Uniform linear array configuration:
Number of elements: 24
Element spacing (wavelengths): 0.5
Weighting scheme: cosine
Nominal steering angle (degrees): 15
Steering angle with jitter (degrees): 15.578
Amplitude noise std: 0.05
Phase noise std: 0.05

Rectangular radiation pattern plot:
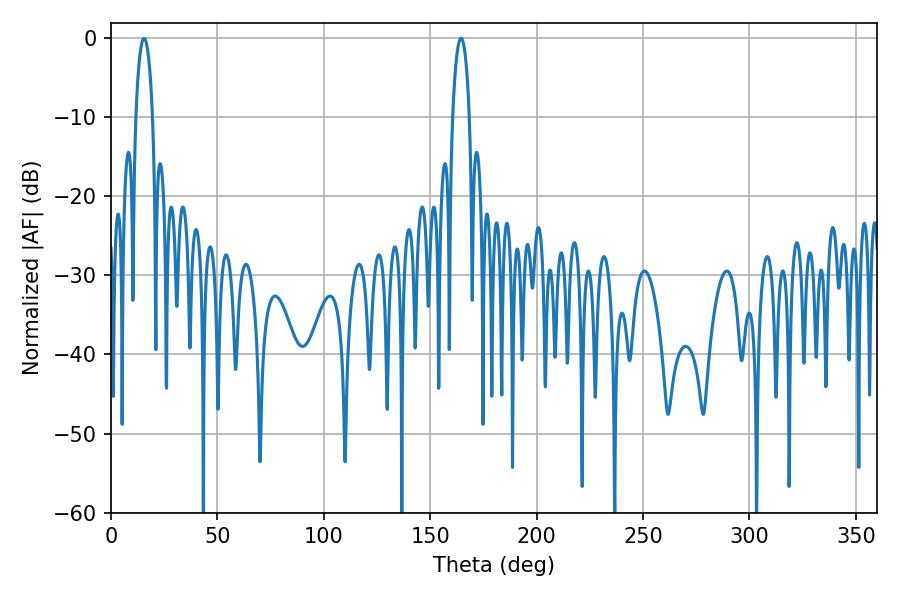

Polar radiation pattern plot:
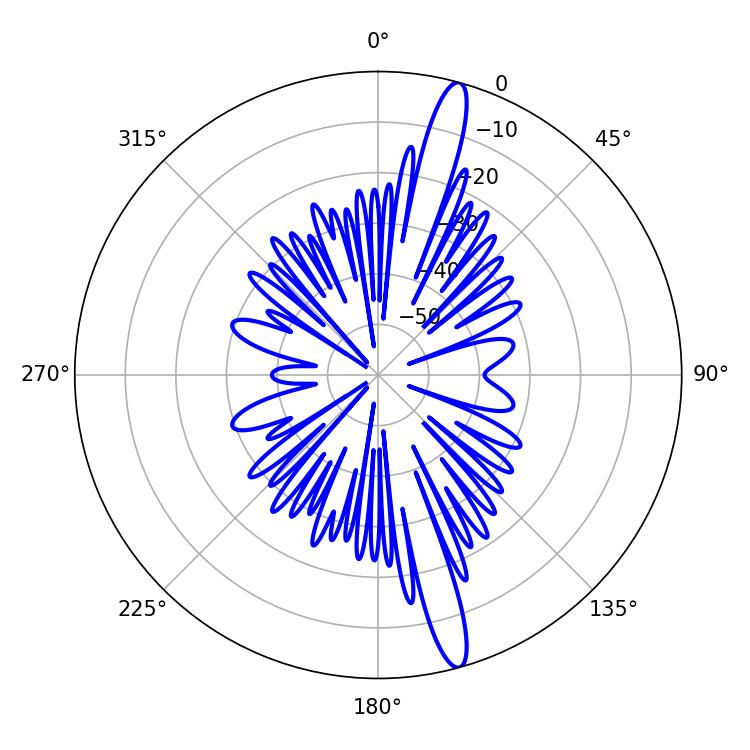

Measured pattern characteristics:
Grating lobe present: FALSE
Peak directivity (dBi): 16.358
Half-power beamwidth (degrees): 4.5
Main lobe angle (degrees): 15.48